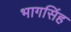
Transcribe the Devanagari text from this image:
भागसिंह